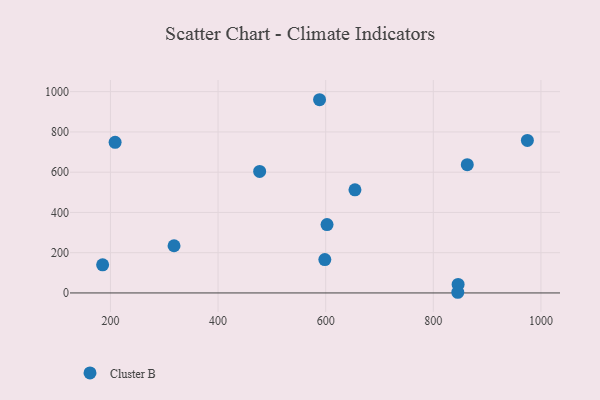
{"axis": {"x": "Distance", "y": "Profit"}, "legend": ["Cluster B"], "data": [{"x": "602.5", "y": 339.7, "type": "Cluster B"}, {"x": "588.6", "y": 960.0, "type": "Cluster B"}, {"x": "185.5", "y": 139.6, "type": "Cluster B"}, {"x": "863.1", "y": 637.3, "type": "Cluster B"}, {"x": "208.7", "y": 748.1, "type": "Cluster B"}, {"x": "318.2", "y": 234.5, "type": "Cluster B"}, {"x": "654.4", "y": 512.3, "type": "Cluster B"}, {"x": "974.8", "y": 757.7, "type": "Cluster B"}, {"x": "598.4", "y": 165.9, "type": "Cluster B"}, {"x": "846.1", "y": 42.5, "type": "Cluster B"}, {"x": "845.5", "y": 3.3, "type": "Cluster B"}, {"x": "477.3", "y": 603.7, "type": "Cluster B"}]}